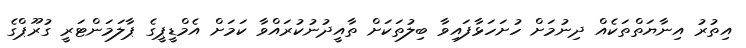
އިތުރު އިނާޔަތްތަކެއް ދިނުމަށް ހުށަހަޅާފައިވާ ބިލުތަކަށް ތާއީދުނުކުރައްވާ ކަމަށް އެމްޑީޕީގެ ޕާލަމަންޓަރީ ގުރޫޕްގެ